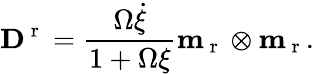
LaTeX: {\mathbf D}^{\mathrm{~r~}}=\frac{\Omega\dot{\xi}}{1+\Omega\xi}\textbf{m}_{\mathrm{~r~}}\otimes\textbf{m}_{\mathrm{~r~}}.